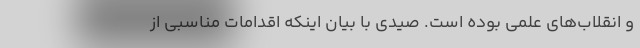
و انقلاب‌های علمی بوده ‌است. صیدی با بیان اینکه اقدامات مناسبی از